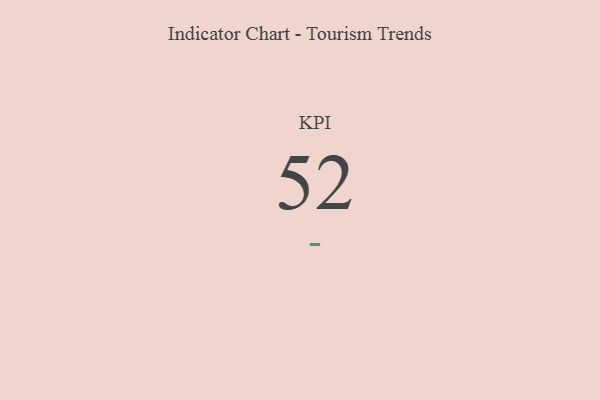
{"axis": {"x": "KPI", "y": "Value"}, "legend": [""], "data": [{"x": "KPI", "y": 52, "type": ""}]}